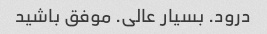
درود. بسیار عالی. موفق باشید